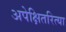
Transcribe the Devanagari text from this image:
अपेक्षितरित्या